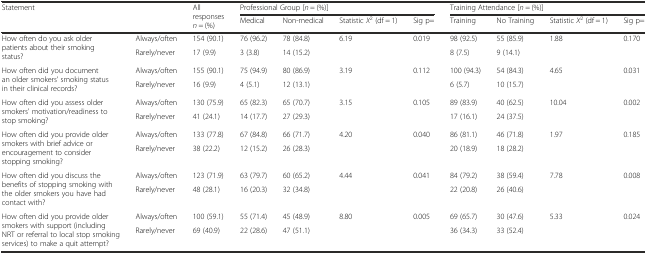
<table><thead><tr><td rowspan="2" colspan="2"><b>Statement</b></td><td rowspan="2"><b>All responses <i>n</i> = (%)</b></td><td colspan="4"><b>Professional Group [<i>n</i> = (%)]</b></td><td colspan="4"><b>Training Attendance [<i>n</i> = (%)]</b></td></tr><tr><td><b>Medical</b></td><td><b>Non-medical</b></td><td><b>Statistic <i>X</i><sup>2</sup> (df = 1)</b></td><td><b>Sig p=</b></td><td><b>Training</b></td><td><b>No Training</b></td><td><b>Statistic <i>X</i><sup>2</sup> (df = 1)</b></td><td><b>Sig p=</b></td></tr></thead><tbody><tr><td rowspan="2">How often do you ask older patients about their smoking status?</td><td>Always/often</td><td>154 (90.1)</td><td>76 (96.2)</td><td>78 (84.8)</td><td rowspan="2">6.19</td><td rowspan="2">0.019</td><td>98 (92.5)</td><td>55 (85.9)</td><td rowspan="2">1.88</td><td rowspan="2">0.170</td></tr><tr><td>Rarely/never</td><td>17 (9.9)</td><td>3 (3.8)</td><td>14 (15.2)</td><td>8 (7.5)</td><td>9 (14.1)</td></tr><tr><td rowspan="2">How often did you document an older smokers&#x27; smoking status in their clinical records?</td><td>Always/often</td><td>155 (90.1)</td><td>75 (94.9)</td><td>80 (86.9)</td><td rowspan="2">3.19</td><td rowspan="2">0.112</td><td>100 (94.3)</td><td>54 (84.3)</td><td rowspan="2">4.65</td><td rowspan="2">0.031</td></tr><tr><td>Rarely/never</td><td>16 (9.9)</td><td>4 (5.1)</td><td>12 (13.1)</td><td>6 (5.7)</td><td>10 (15.7)</td></tr><tr><td rowspan="2">How often did you assess older smokers&#x27; motivation/readiness to stop smoking?</td><td>Always/often</td><td>130 (75.9)</td><td>65 (82.3)</td><td>65 (70.7)</td><td rowspan="2">3.15</td><td rowspan="2">0.105</td><td>89 (83.9)</td><td>40 (62.5)</td><td rowspan="2">10.04</td><td rowspan="2">0.002</td></tr><tr><td>Rarely/never</td><td>41 (24.1)</td><td>14 (17.7)</td><td>27 (29.3)</td><td>17 (16.1)</td><td>24 (37.5)</td></tr><tr><td rowspan="2">How often did you provide older smokers with brief advice or encouragement to consider stopping smoking?</td><td>Always/often</td><td>133 (77.8)</td><td>67 (84.8)</td><td>66 (71.7)</td><td rowspan="2">4.20</td><td rowspan="2">0.040</td><td>86 (81.1)</td><td>46 (71.8)</td><td rowspan="2">1.97</td><td rowspan="2">0.185</td></tr><tr><td>Rarely/never</td><td>38 (22.2)</td><td>12 (15.2)</td><td>26 (28.3)</td><td>20 (18.9)</td><td>18 (28.2)</td></tr><tr><td rowspan="2">How often did you discuss the benefits of stopping smoking with the older smokers you have had contact with?</td><td>Always/often</td><td>123 (71.9)</td><td>63 (79.7)</td><td>60 (65.2)</td><td rowspan="2">4.44</td><td rowspan="2">0.041</td><td>84 (79.2)</td><td>38 (59.4)</td><td rowspan="2">7.78</td><td rowspan="2">0.008</td></tr><tr><td>Rarely/never</td><td>48 (28.1)</td><td>16 (20.3)</td><td>32 (34.8)</td><td>22 (20.8)</td><td>26 (40.6)</td></tr><tr><td rowspan="2">How often did you provide older smokers with support (including NRT or referral to local stop smoking services) to make a quit attempt?</td><td>Always/often</td><td>100 (59.1)</td><td>55 (71.4)</td><td>45 (48.9)</td><td rowspan="2">8.80</td><td rowspan="2">0.005</td><td>69 (65.7)</td><td>30 (47.6)</td><td rowspan="2">5.33</td><td rowspan="2">0.024</td></tr><tr><td>Rarely/never</td><td>69 (40.9)</td><td>22 (28.6)</td><td>47 (51.1)</td><td>36 (34.3)</td><td>33 (52.4)</td></tr></tbody></table>